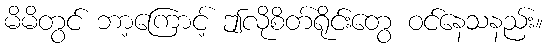
မိမိတွင် ဘာ့ကြောင့် ဤလိုစိတ်ရိုင်းတွေ ဝင်နေသနည်း။